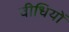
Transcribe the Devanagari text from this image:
वीधियों